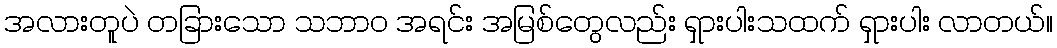
အလားတူပဲ တခြားသော သဘာဝ အရင်း အမြစ်တွေလည်း ရှားပါးသထက် ရှားပါး လာတယ်။